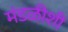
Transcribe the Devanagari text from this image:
मंडळीशी